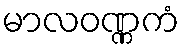
မာလဝဏ္ဏကံ